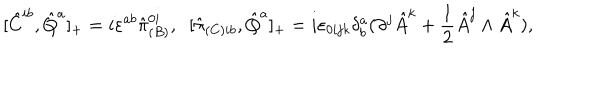
LaTeX: [ \hat { C } ^ { i b } , \hat { Q } ^ { a } ] _ { + } = i \varepsilon ^ { a b } \hat { \pi } _ { ( B ) } ^ { 0 i } , \; \; [ \hat { \pi } _ { ( C ) i b } , \hat { Q } ^ { a } ] _ { + } = i \varepsilon _ { 0 i j k } \delta _ { b } ^ { a } ( \partial ^ { j } \hat { A } ^ { k } + \frac { 1 } { 2 } \hat { A } ^ { j } \wedge \hat { A } ^ { k } ) ,